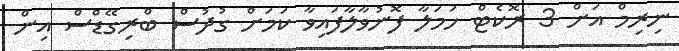
ނިރިމް އަށް 3 ރޮކެޓް ހަމަލާ ފޮނުވާލާފައިވާ ކަމަށް ގުދުސް ބްރިގޭޑްސް އިން